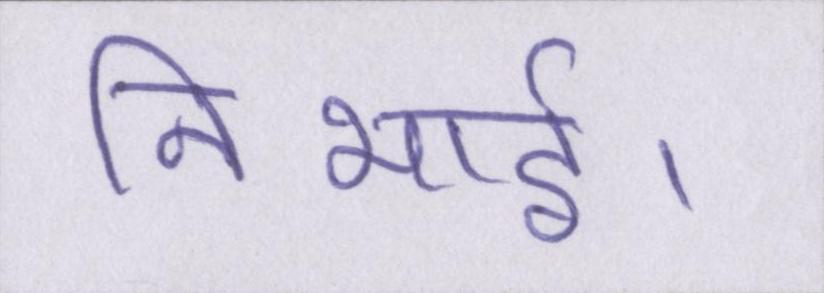
निभाई।